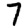
Digit: 7